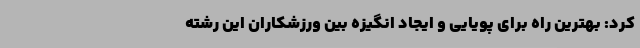
کرد: بهترین راه برای پویایی و ایجاد انگیزه بین ورزشکاران این رشته